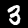
Label: 3